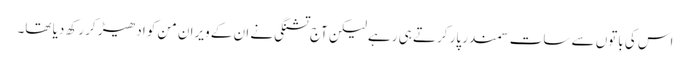
اس کی باتوں سے سات سمندر پار کرتے ہی رہے لیکن آج تشنگی نے ان کے ویران من کو ادھیڑ کر رکھ دیا تھا۔